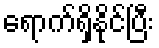
ရောက်ရှိနိုင်ပြီး